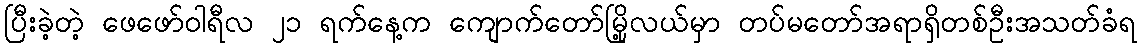
ပြီးခဲ့တဲ့ ဖေဖော်ဝါရီလ ၂၁ ရက်နေ့က ကျောက်တော်မြို့လယ်မှာ တပ်မတော်အရာရှိတစ်ဦးအသတ်ခံရ